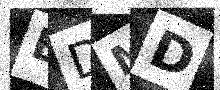
Text: BDMD